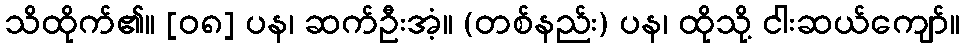
သိထိုက်၏။ [၀၈] ပန၊ ဆက်ဦးအံ့။ (တစ်နည်း) ပန၊ ထိုသို့ ငါးဆယ်ကျော်။